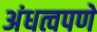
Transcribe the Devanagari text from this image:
अंधत्वपणे